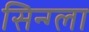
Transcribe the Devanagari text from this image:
सिन्ग्ला